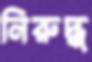
নিরুদ্ধ